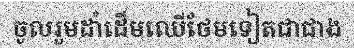
ចូលរួមដាំដើមឈើថែមទៀតជាជាង